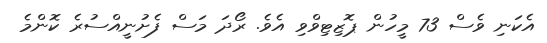
އެކަނި ވެސް 73 މީހުން ޕޮޒިޓިވްވި އެވެ. ރޯދަ މަސް ފެށުނީއްސުރެ ކޮންމެ